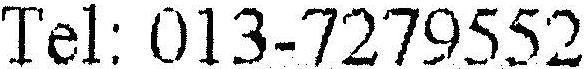
TEL: 013-7279552